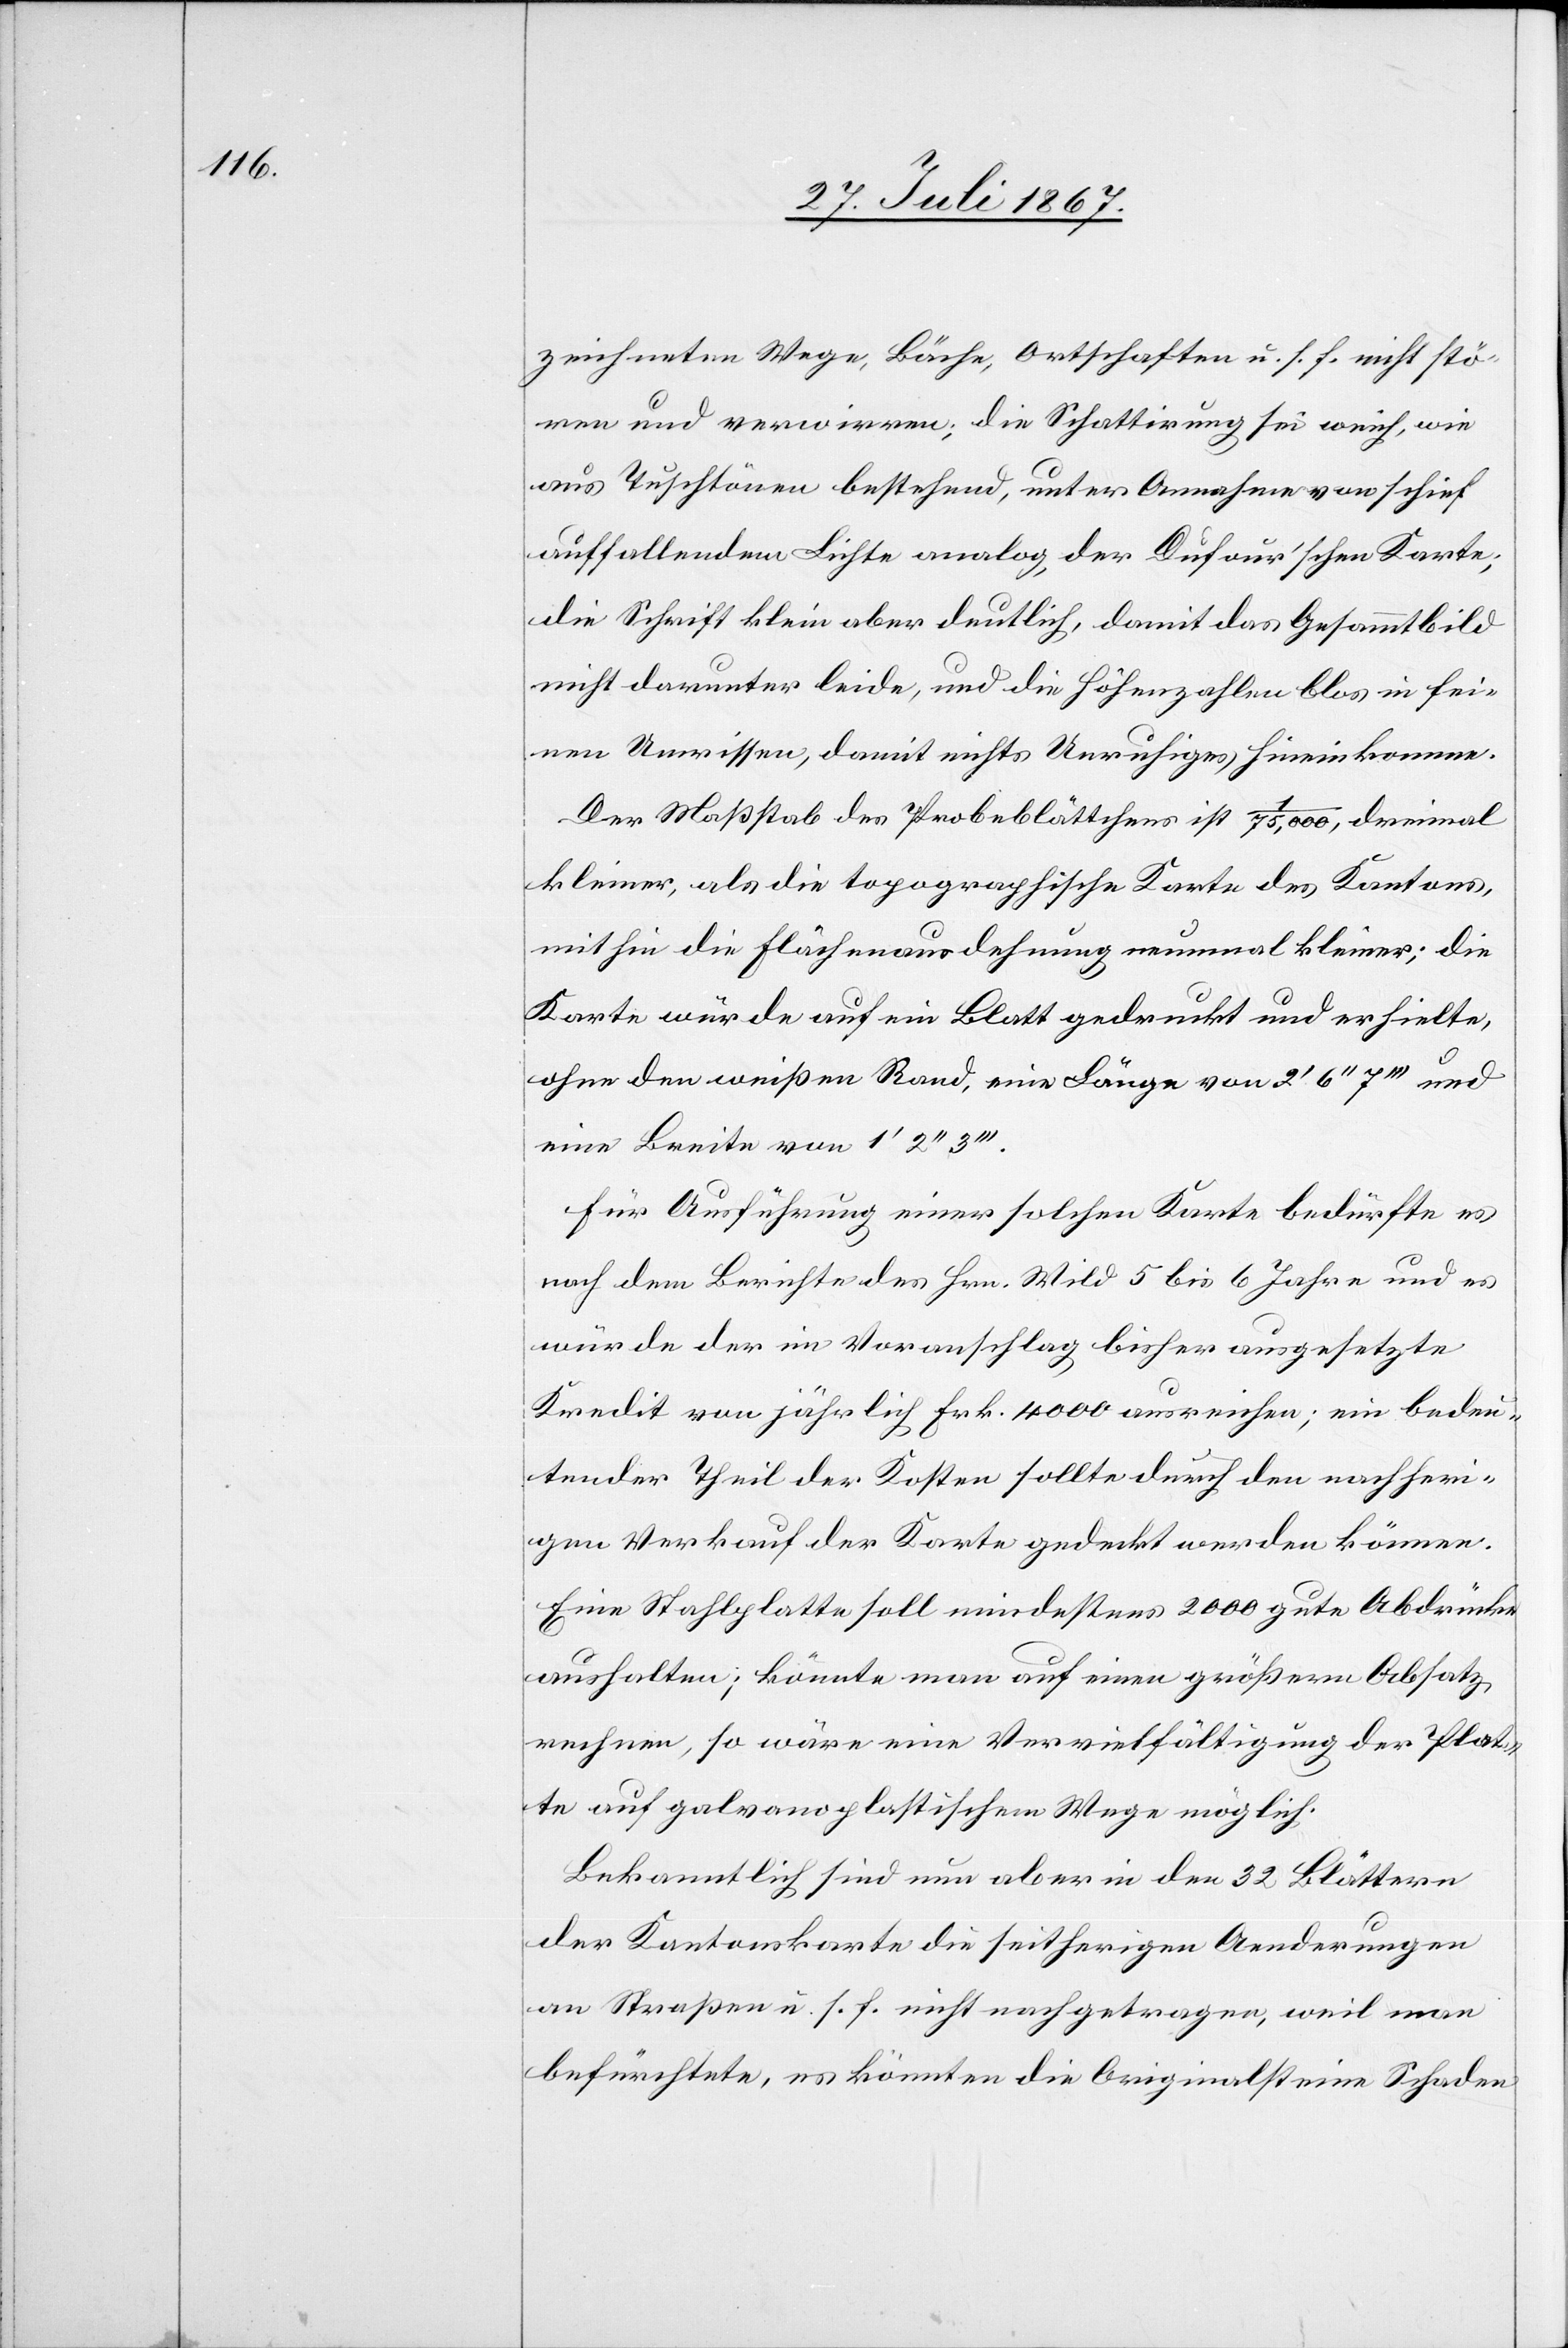
zeichneten Wege, Bäche, Ortschaften u. s. f. nicht stö¬
ren und verwirren; die Schattirung sei weich, wie
aus Tuschtönen bestehend, unter Annahme von schief
auffallendem Lichte analog der Dufour’schen Karte;
die Schrift klein aber deutlich, damit das Gesammtbild
nicht darunter leide, und die Höhenzahlen blos in fei¬
nen Umrissen, damit nichts Unruhiges hineinkomme.
Der Maßstab des Probeblättchens ist 1/75 000, dreimal
kleiner, als die topographische Karte des Kantons,
mithin die Flächenausdehnung neunmal kleiner; die
Karte würde auf ein Blatt gedruckt und erhielte,
ohne den weißen Rand, eine Länge von 2‘ 6‘‘ 7‘‘‘ und
eine Breite von 1‘ 2‘‘
Für Ausführung einer solchen Karte bedürfte es
nach dem Berichte des Hrn. Wild 5 bis 6 Jahre und es
würde der im Voranschlag bisher ausgesetzte
Kredit von jährlich Frk. 4000 ausreichen; ein bedeu¬
tender Theil der Kosten sollte durch den nachheri¬
gen Verkauf der Karte gedeckt werden können.
Eine Stahlplatte soll mindestens 2000 gute Abdrücke
aushalten; könnte man auf einen größern Absatz
rechnen, so wäre eine Vervielfältigung der Plat¬
te auf galvanoplastischem Wege möglich.
Bekanntlich sind nun aber in den 32 Blättern
der Kantonskarte die seitherigen Aenderungen
an Straßen u. s. f. nicht nachgetragen, weil man
befürchtete, es könnten die Originalsteine Schaden